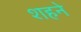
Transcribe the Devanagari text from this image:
शहने